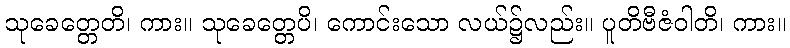
သုခေတ္တေတိ၊ ကား။ သုခေတ္တေပိ၊ ကောင်းသော လယ်၌လည်း။ ပူတိဗီဇံဝါတိ၊ ကား။